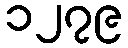
၁၂၇၉